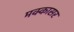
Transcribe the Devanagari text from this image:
मक्कासर